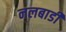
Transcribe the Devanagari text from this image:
नलबाडी